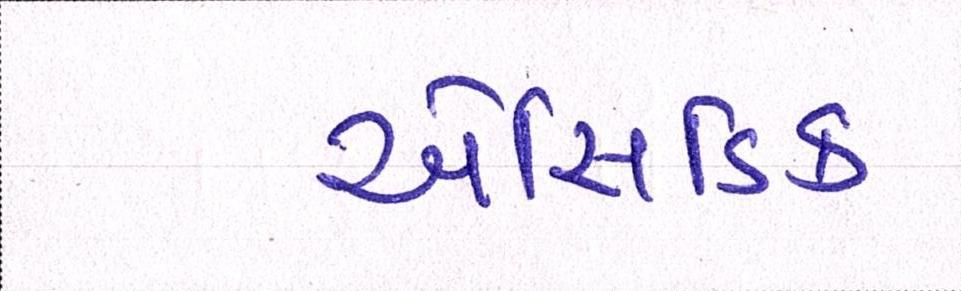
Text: એસિડિક